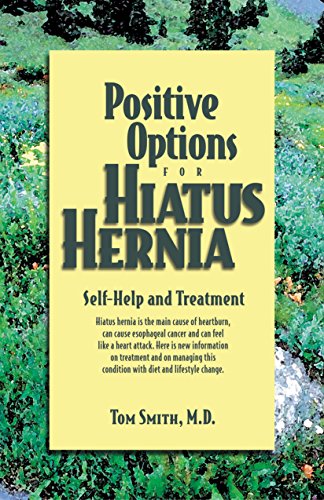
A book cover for Positive Options for Hiatus Hernia: Self-Help and Treatment (Positive Options for Health); M.D. Tom Smith; Health, Fitness & Dieting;